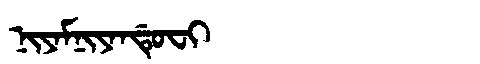
Manchu: ᠨᡳᠶᠠᠮᠨᡳᠶᠠᠨᡩᡠᠸᡳ
Romanization: NIYAMNIYANDUFI